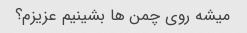
میشه روی چمن ها بشینیم عزیزم؟